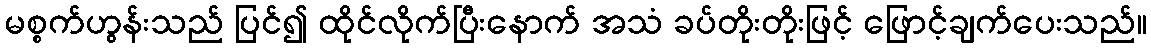
မစ္စက်ဟွန်းသည် ပြင်၍ ထိုင်လိုက်ပြီးနောက် အသံ ခပ်တိုးတိုးဖြင့် ဖြောင့်ချက်ပေးသည်။